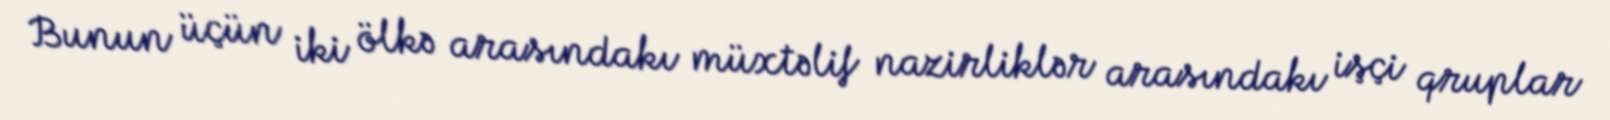
Bunun üçün iki ölkə arasındakı müxtəlif nazirliklər arasındakı işçi qruplar